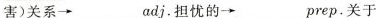
害)关系→__adj.担忧的→___prep.关于